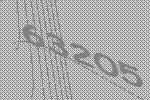
63205